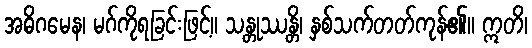
အဓိဂမေန၊ မဂ်ကိုရခြင်းဖြင့်။ သန္တုဿန္တိ၊ နှစ်သက်တတ်ကုန်၏။ ဣတိ၊